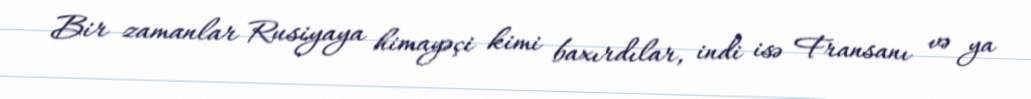
Bir zamanlar Rusiyaya himayəçi kimi baxırdılar, indi isə Fransanı və ya